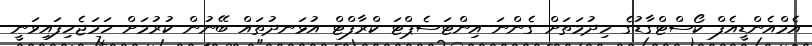
އެމްއެންޑީއެފް ކޯސްޓްގާޑުގެ ހިދުމަތަށް ގެންނަ އިންޓަސެޕްޓަ ކްރާފްޓް އުޅަނދުތައް ބޭނުން ކުރުމަށް ހަމަޖެހިފައިވަނީ